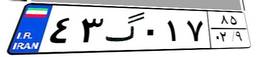
۴۳گ۰۱۷۸۵